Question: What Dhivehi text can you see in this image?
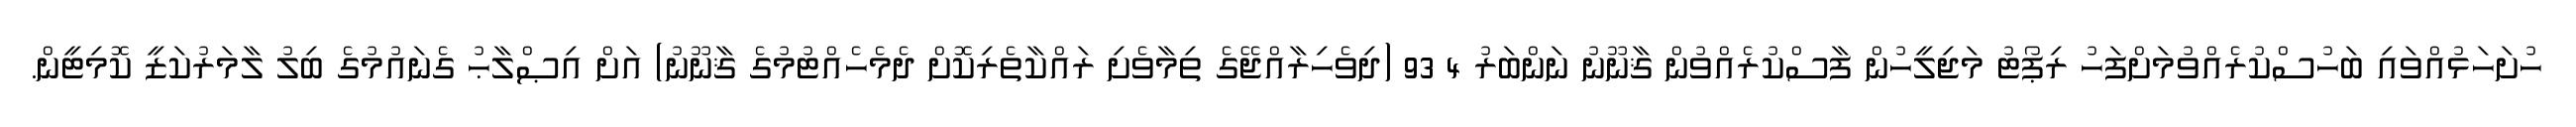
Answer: ހުށަހަޅުއްވައި ބަހުސްކުރެއްވުމަށްފަހު ރިޕޯޓު މަޖިލީހުން ފާސްކުރެއްވުން ޤާނޫނު ނަންބަރު 4 93 (ދިވެހިރާއްޖޭގެ ތިމާވެށި ރައްކާތެރިކޮށް ދެމެހެއްޓުމުގެ ޤާނޫނު) އަށް އިޞްލާޙު ގެނައުމުގެ ބިލު ލާމަރުކަޒީ ކޮމިޓީން.